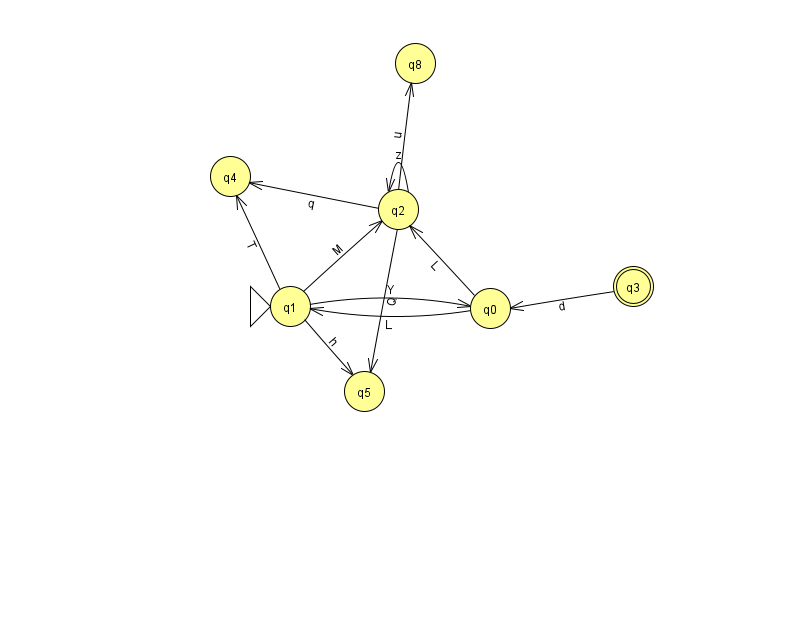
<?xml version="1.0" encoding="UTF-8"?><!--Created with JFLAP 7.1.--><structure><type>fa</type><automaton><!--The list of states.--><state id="0" name="q0"><x>490.0</x><y>295.0</y></state><state id="1" name="q1"><x>290.0</x><y>293.0</y><initial/></state><state id="2" name="q2"><x>398.0</x><y>196.0</y></state><state id="3" name="q3"><x>633.0</x><y>273.0</y><final/></state><state id="4" name="q4"><x>230.0</x><y>163.0</y></state><state id="5" name="q5"><x>364.0</x><y>378.0</y></state><state id="8" name="q8"><x>415.0</x><y>50.0</y></state><!--The list of transitions.--><transition><from>1</from><to>4</to><read>T</read></transition><transition><from>1</from><to>2</to><read>M</read></transition><transition><from>2</from><to>5</to><read>Q</read></transition><transition><from>0</from><to>2</to><read>L</read></transition><transition><from>1</from><to>5</to><read>h</read></transition><transition><from>3</from><to>0</to><read>d</read></transition><transition><from>0</from><to>1</to><read>L</read></transition><transition><from>2</from><to>4</to><read>q</read></transition><transition><from>2</from><to>2</to><read>z</read></transition><transition><from>1</from><to>0</to><read>Y</read></transition><transition><from>2</from><to>8</to><read>u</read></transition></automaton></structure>